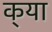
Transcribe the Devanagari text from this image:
क्‌या